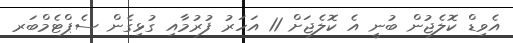
އެވިޑް ކޮލެޖުން ބުނީ އެ ކޮލެޖަށް 11 އަހަރު ފުރުމާއި ގުޅިގެން ސެޕްޓެމްބަރ